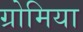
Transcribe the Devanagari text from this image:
ग्रोमिया